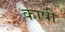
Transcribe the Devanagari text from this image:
काषी